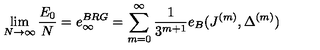
\lim _ { N \rightarrow \infty } \frac { E _ { 0 } } { N } = e _ { \infty } ^ { B R G } = \sum _ { m = 0 } ^ { \infty } \frac { 1 } { 3 ^ { m + 1 } } e _ { B } ( J ^ { ( m ) } , \Delta ^ { ( m ) } )